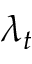
\lambda _ { t }